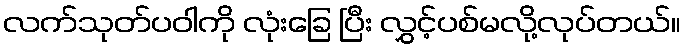
လက်သုတ်ပဝါကို လုံးခြေ ပြီး လွှင့်ပစ်မလို့လုပ်တယ်။